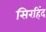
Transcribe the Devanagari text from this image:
सिरहिंद